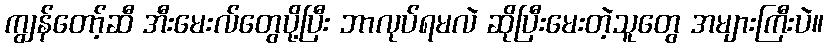
ကျွန်တော့်ဆီ အီးမေးလ်တွေပို့ပြီး ဘာလုပ်ရမလဲ ဆိုပြီးမေးတဲ့သူတွေ အများကြီးပဲ။